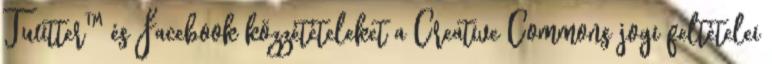
Twitter™ és Facebook közzétételeket a Creative Commons jogi feltételei